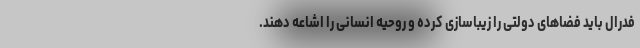
فدرال باید فضاهای دولتی را زیباسازی کرده و روحیه انسانی را اشاعه دهند.